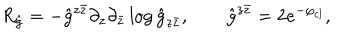
R _ { \hat { g } } = - { \hat { g } } ^ { z \bar { z } } \partial _ { z } \partial _ { \bar { z } } \log { \hat { g } } _ { z \bar { z } } , \qquad \hat { g } ^ { z \bar { z } } = 2 e ^ { - \varphi _ { c l } } ,